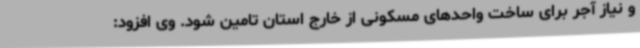
و نیاز آجر برای ساخت واحدهای مسکونی از خارج استان تامین شود. وی افزود: